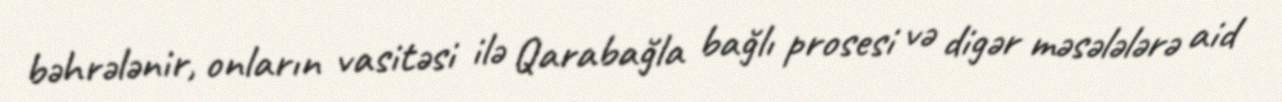
bəhrələnir, onların vasitəsi ilə Qarabağla bağlı prosesi və digər məsələlərə aid